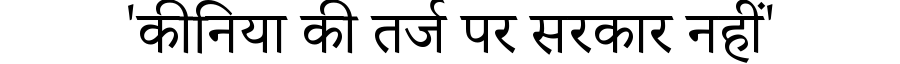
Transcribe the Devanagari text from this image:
'कीनिया की तर्ज पर सरकार नहीं'